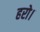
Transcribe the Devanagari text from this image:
हरो।